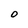
Character: O